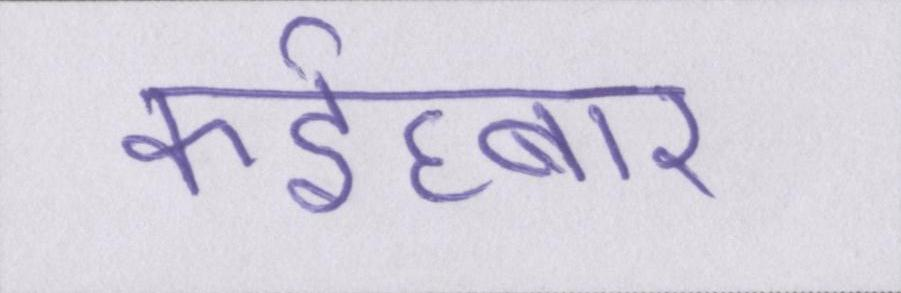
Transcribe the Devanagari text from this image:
कईघ्बार